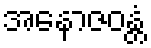
အနောဇဝန္တံ